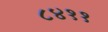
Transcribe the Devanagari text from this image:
८४११